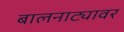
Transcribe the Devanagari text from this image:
बालनाट्यावर